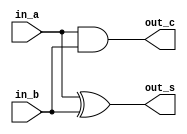
/* CSED273 lab4 experiment 1 */
/* lab4_1.v */


/* Implement Half Adder
 * You may use keword "assign" and bitwise opeartor
 * or just implement with gate-level modeling*/
module halfAdder(
    input in_a,
    input in_b,
    output out_s,
    output out_c
    );

    ////////////////////////
    xor(out_s, in_a, in_b);
    and(out_c, in_a, in_b);
    ////////////////////////

endmodule

/* Implement Full Adder
 * You must use halfAdder module
 * You may use keword "assign" and bitwise opeartor
 * or just implement with gate-level modeling*/
module fullAdder(
    input in_a,
    input in_b,
    input in_c,
    output out_s,
    output out_c
    );

    ////////////////////////
    wire a, b, c;
    halfAdder h1(in_a,in_b, a, b);
    halfAdder h2(a, in_c, out_s, c);
    or(out_c, b, c);
    ////////////////////////

endmodule